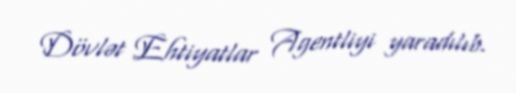
Dövlət Ehtiyatlar Agentliyi yaradılıb.